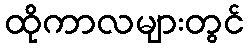
ထိုကာလများတွင်